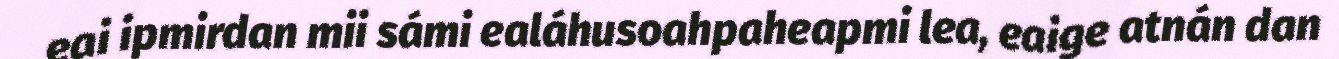
eai ipmirdan mii sámi ealáhusoahpaheapmi lea, eaige atnán dan